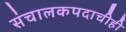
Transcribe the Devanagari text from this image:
संचालकपदाचीही